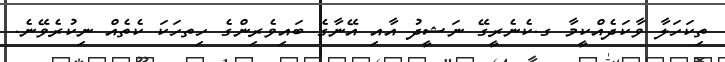
ތިކަހަލާ ވާކަދެއްކީމާ ގ.ކެނެރީގޭ ނަޝީދު އާއި އޭނާގެ ބައިވެރިންގެ ހިތހަކަ ކެތެއް ނިކުރެވޭނެ.